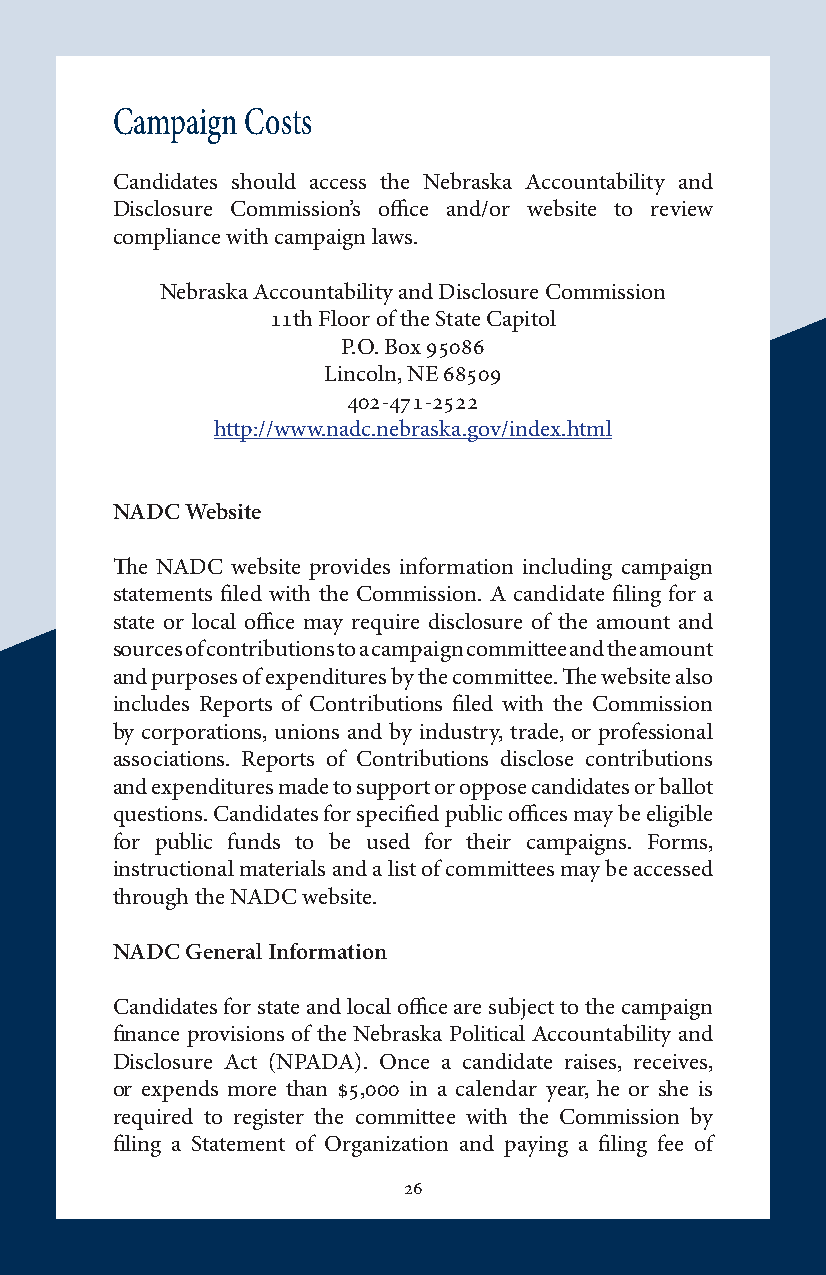
Campaign Costs
 Candidates should access the Nebraska Accountability and
 Disclosure Commission’s office and/or website to review
 compliance with campaign laws.
 Nebraska Accountability and Disclosure Commission
 11th Floor of the State Capitol
 P.O. Box 95086
 Lincoln, NE 68509
 402-471-2522
 http://www.nadc.nebraska.gov/index.html
 NADC Website
 The NADC website provides information including campaign
 statements filed with the Commission. A candidate filing for a
 state or local office may require disclosure of the amount and
 sources of contributions to a campaign committee and the amount
 and purposes of expenditures by the committee. The website also
 includes Reports of Contributions filed with the Commission
 by corporations, unions and by industry, trade, or professional
 associations. Reports of Contributions disclose contributions
 and expenditures made to support or oppose candidates or ballot
 questions. Candidates for specified public offices may be eligible
 for public funds to be used for their campaigns. Forms,
 instructional materials and a list of committees may be accessed
 through the NADC website.
 NADC General Information
 Candidates for state and local office are subject to the campaign
 finance provisions of the Nebraska Political Accountability and
 Disclosure Act (NPADA). Once a candidate raises, receives,
 or expends more than $5,000 in a calendar year, he or she is
 required to register the committee with the Commission by
 filing a Statement of Organization and paying a filing fee of
 26